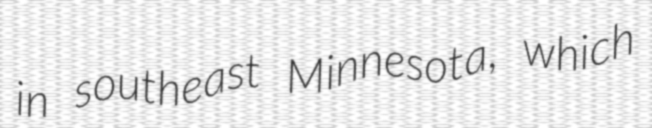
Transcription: in southeast Minnesota, which